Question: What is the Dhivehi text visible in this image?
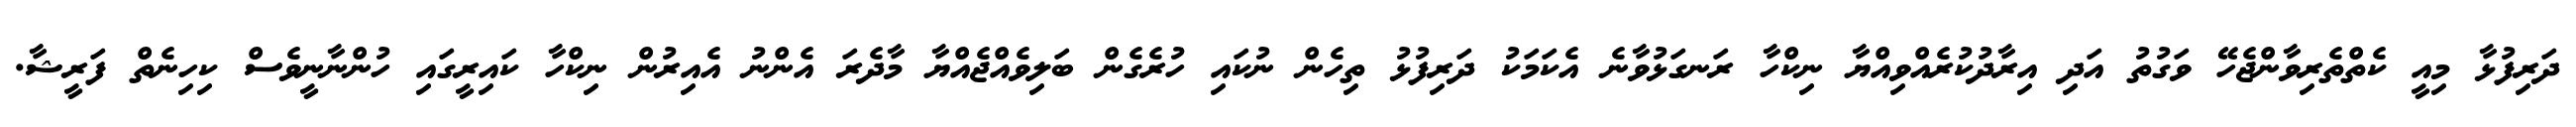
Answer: ދަރިފުޅާ މިއީ ކެތްތެރިވާންޖެހޭ ވަގުތު އަދި އިރާދުކުރެއްވިއްޔާ ނިކްހާ ރަނގަޅުވާނެ އެކަމަކު ދަރިފުޅު ތިހެން ނުކައި ހުރެގެން ބަލިވެއްޖެއްޔާ މާދެރަ އެންނު އެއިރުން ނިކްހާ ކައިރީގައި ހުންނާނީވެސް ކިހިނެތް ފަރީޝާ.